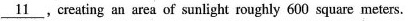
\underline{11} ,creating an area of sunlight roughly 600 square meters.